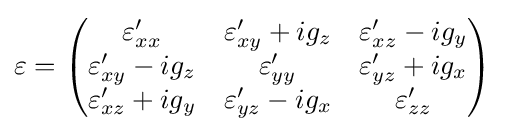
\varepsilon ={\begin{pmatrix}\varepsilon _{xx}'&\varepsilon _{xy}'+ig_{z}&\varepsilon _{xz}'-ig_{y}\\\varepsilon _{xy}'-ig_{z}&\varepsilon _{yy}'&\varepsilon _{yz}'+ig_{x}\\\varepsilon _{xz}'+ig_{y}&\varepsilon _{yz}'-ig_{x}&\varepsilon _{zz}'\\\end{pmatrix}}